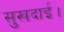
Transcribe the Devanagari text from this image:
सुखदाई।